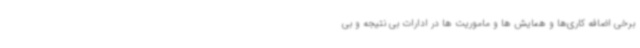
برخی اضافه کاری‌ها و همایش ها و ماموریت ها در ادارات بی نتیجه و بی